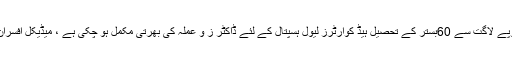
کمشنر کو بریفنگ دیتے ہوئے ڈی سی او لیاقت علی چٹھہ نے بتایا کہ35کروڑ روپے لاگت سے 60بستر کے تحصیل ہیڈ کوارٹرز لیول ہسپتال کے لئے ڈاکٹر ز و عملہ کی بھرتی مکمل ہو چکی ہے ، میڈیکل افسران کے ساتھ میڈیکل، سرجری اور چلڈرن سپشلسٹ کی تعیناتی بھی کر دی گئی ہے۔